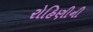
રોહિણીની